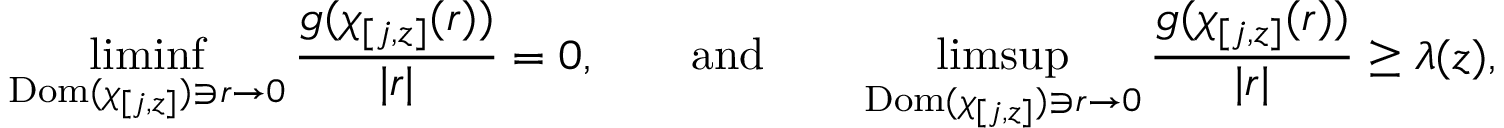
\operatorname* { l i m i n f } _ { \mathrm { D o m } ( \chi _ { [ j , z ] } ) \ni r \to 0 } \frac { g ( \chi _ { [ j , z ] } ( r ) ) } { \lvert r \rvert } = 0 , \qquad \mathrm { a n d } \qquad \operatorname* { l i m s u p } _ { \mathrm { D o m } ( \chi _ { [ j , z ] } ) \ni r \to 0 } \frac { g ( \chi _ { [ j , z ] } ( r ) ) } { \lvert r \rvert } \geq \lambda ( z ) ,